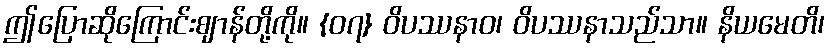
ဤပြောဆိုကြောင်းဈာန်တို့ကို။ {၀၇} ဝိပဿနာဝ၊ ဝိပဿနာသည်သာ။ နိယမေတိ၊